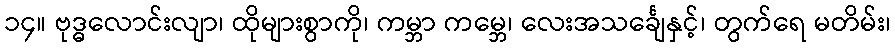
၁၄။ ဗုဒ္ဓလောင်းလျာ၊ ထိုများစွာကို၊ ကမ္ဘာ ကမ္ဘေ၊ လေးအသင်္ချေနှင့်၊ တွက်ရေ မတိမ်း၊